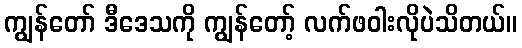
ကျွန်တော် ဒီဒေသကို ကျွန်တော့် လက်ဖဝါးလိုပဲသိတယ်။